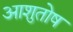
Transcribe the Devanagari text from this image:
अाशुतोष